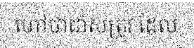
ហៅថាជាសត្រូវ ដែល